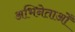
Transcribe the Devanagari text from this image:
अभिनेताओँ